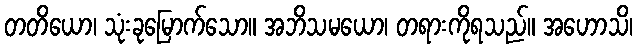
တတိယော၊ သုံးခုမြောက်သော။ အဘိသမယော၊ တရားကိုရသည်။ အဟောသိ၊